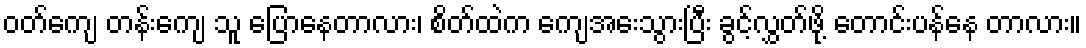
ဝတ်ကျေ တန်းကျေ သူ ပြောနေတာလား၊ စိတ်ထဲက ကျေအေးသွားပြီး ခွင့်လွှတ်ဖို့ တောင်းပန်နေ တာလား။